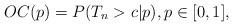
LaTeX: \begin{align*} OC(p) = P( T_n > c | p ), p \in [0,1],\end{align*}